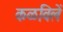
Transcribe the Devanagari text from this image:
कळविलें